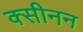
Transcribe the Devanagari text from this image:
क्सीनन